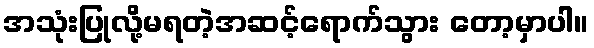
အသုံးပြုလို့မရတဲ့အဆင့်ရောက်သွား တော့မှာပါ။